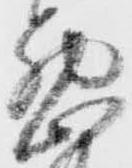
悪